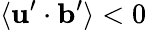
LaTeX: \langle{{\mathbf{u}}^{\prime}\cdot{\mathbf{b}}^{\prime}}\rangle<0